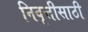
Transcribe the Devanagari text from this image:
निवृत्तीसाठी